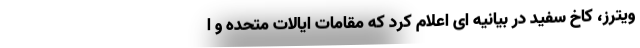
ویترز، کاخ سفید در بیانیه ای اعلام کرد که مقامات ایالات متحده و ا